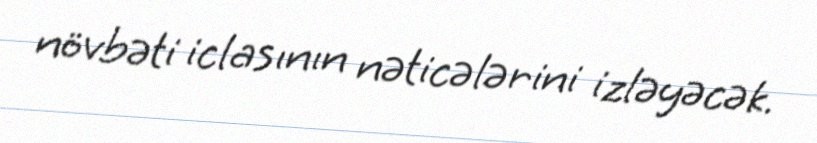
növbəti iclasının nəticələrini izləyəcək.